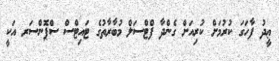
ޢީދު ފާހަގަ ކުރުމަށް ކުރިއަށް ގެންދާ ފްޓްސަލް މުބާރާތުގެ ޓައިޓްސް ސްޕޮންސަރ އަކީ